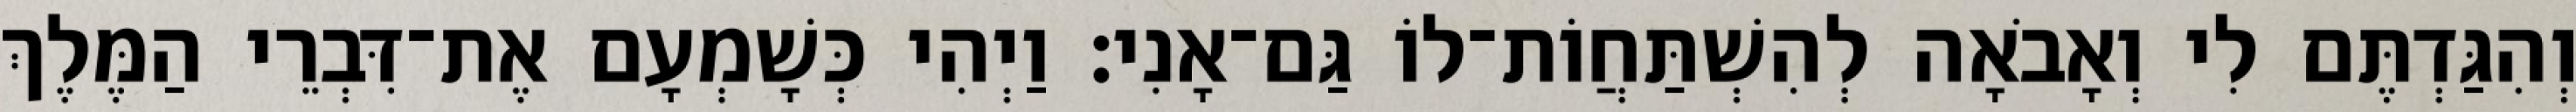
וְהִגַּדְתֶּם לִי וְאָבֹאָה לְהִשְׁתַּחֲוֹת־לוֹ גַּם־אָנִי׃ וַיְהִי כְּשָׁמְעָם אֶת־דִּבְרֵי הַמֶּלֶךְ